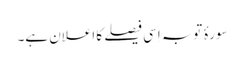
سورۂ توبہ اِسی فیصلے کا اعلان ہے۔